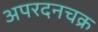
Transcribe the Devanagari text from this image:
अपरदनचक्र